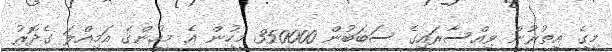
މީގެ އިތުރުން ވިއްސާރައިގެ ސަބަބުން 350000 މީހުން އެ މީހުންގެ އަމިއްލަ ގެދޮރު